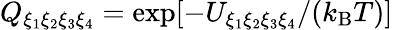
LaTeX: Q_{\xi_{1}\xi_{2}\xi_{3}\xi_{4}}=\exp[-U_{\xi_{1}\xi_{2}\xi_{3}\xi_{4}}/(k_{\mathrm{B}}T)]